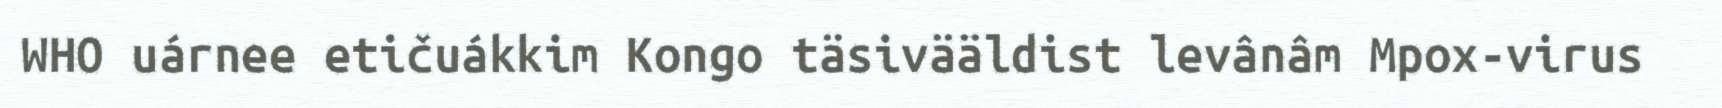
WHO uárnee etičuákkim Kongo täsivääldist levânâm Mpox-virus